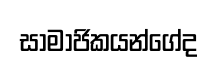
සාමාජිකයන්ගේද